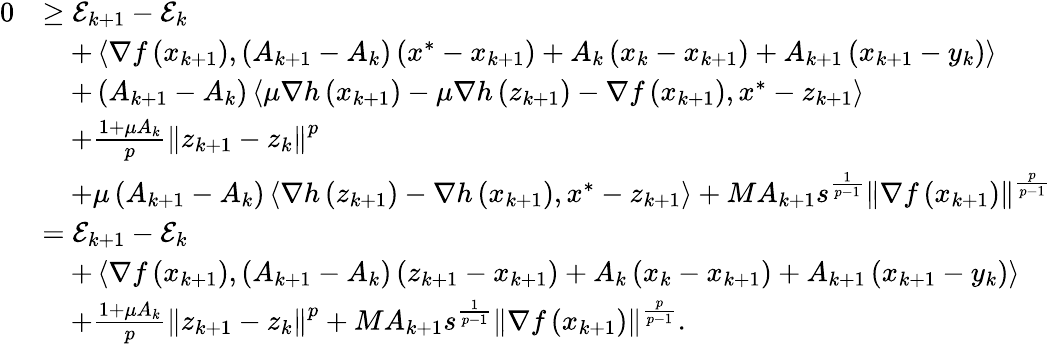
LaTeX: \begin{array}{rl}{0}&{\geq\mathcal{E}_{k+1}-\mathcal{E}_{k}}\\ &{\quad+\left\langle\nabla f\left(x_{k+1}\right),\left(A_{k+1}-A_{k}\right)\left(x^{*}-x_{k+1}\right)+A_{k}\left(x_{k}-x_{k+1}\right)+A_{k+1}\left(x_{k+1}-y_{k}\right)\right\rangle}\\ &{\quad+\left(A_{k+1}-A_{k}\right)\left\langle\mu\nabla h\left(x_{k+1}\right)-\mu\nabla h\left(z_{k+1}\right)-\nabla f\left(x_{k+1}\right),x^{*}-z_{k+1}\right\rangle}\\ &{\quad+\frac{1+\mu A_{k}}{p}\left\Vert z_{k+1}-z_{k}\right\Vert^{p}}\\ &{\quad+\mu\left(A_{k+1}-A_{k}\right)\left\langle\nabla h\left(z_{k+1}\right)-\nabla h\left(x_{k+1}\right),x^{*}-z_{k+1}\right\rangle+MA_{k+1}s^{\frac{1}{p-1}}\left\Vert\nabla f\left(x_{k+1}\right)\right\Vert^{\frac{p}{p-1}}}\\ &{=\mathcal{E}_{k+1}-\mathcal{E}_{k}}\\ &{\quad+\left\langle\nabla f\left(x_{k+1}\right),\left(A_{k+1}-A_{k}\right)\left(z_{k+1}-x_{k+1}\right)+A_{k}\left(x_{k}-x_{k+1}\right)+A_{k+1}\left(x_{k+1}-y_{k}\right)\right\rangle}\\ &{\quad+\frac{1+\mu A_{k}}{p}\left\Vert z_{k+1}-z_{k}\right\Vert^{p}+MA_{k+1}s^{\frac{1}{p-1}}\left\Vert\nabla f\left(x_{k+1}\right)\right\Vert^{\frac{p}{p-1}}.}\end{array}